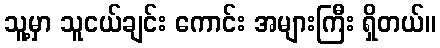
သူ့မှာ သူငယ်ချင်း ကောင်း အများကြီး ရှိတယ်။